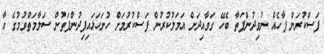
ފަސްކުރަން ފާހެއް ނުވިދުންފަތާ ބެހޭ ގަވާއިދަށް އަމަލުކުރުން ފަސްކުރުމަށް ހުށަހަޅައިފިދުންފަތުން ސަލާމަތްވުމުގެ އާ